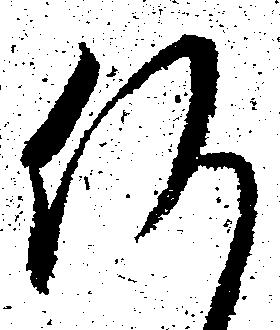
何